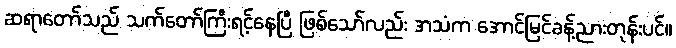
ဆရာတော်သည် သက်တော်ကြီးရင့်နေပြီ ဖြစ်သော်လည်း အသံက အောင်မြင်ခန့်ညားတုန်းပင်။